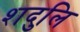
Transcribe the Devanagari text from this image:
शदुलि